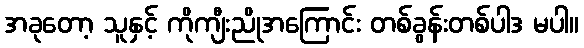
အခုတော့ သူနှင့် ကိုကျီးညိုအကြောင်း တစ်ခွန်းတစ်ပါဒ မပါ။